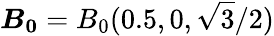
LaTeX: \boldsymbol{B_{0}}=B_{0}(0.5,0,\sqrt{3}/2)